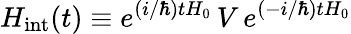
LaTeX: H_{\mathrm{{int}}}(t)\equiv e^{{(i/\hbar})tH_{0}}\, V\, e^{{(-i/\hbar})tH_{0}}